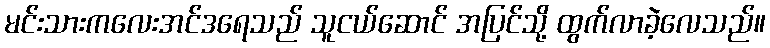
မင်းသားကလေးအင်ဒရေသည် သူငယ်ဆောင် အပြင်သို့ ထွက်လာခဲ့လေသည်။